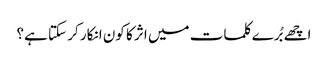
اچھے بُرے کلمات میں اثر کا کون انکار کر سکتا ہے؟